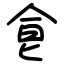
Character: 𩚁